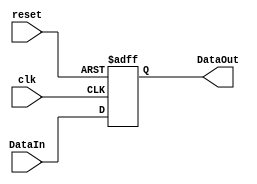
module Buffer (
    input wire [31:0] DataIn,
    output reg [31:0] DataOut,	
	input wire clk,
	input wire reset
);

always @(posedge clk or posedge reset)
	begin
        if (reset) begin
            // Reset the buffer
            DataOut <= 32'b0;
        end 
	    else begin
            // Store the input
            DataOut <= DataIn;
        end
    end

endmodule